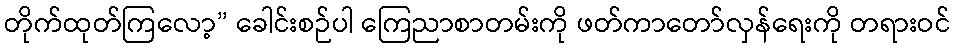
တိုက်ထုတ်ကြလော့” ခေါင်းစဉ်ပါ ကြေညာစာတမ်းကို ဖတ်ကာတော်လှန်ရေးကို တရားဝင်